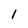
Character: I